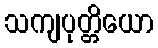
သကျပုတ္တိယော